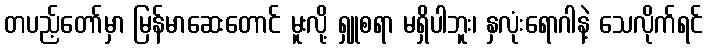
တပည့်တော်မှာ မြန်မာဆေးတောင် မူးလို့ ရှူစရာ မရှိပါဘူး၊ နှလုံးရောဂါနဲ့ သေလိုက်ရင်